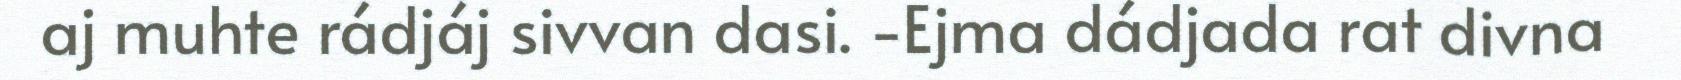
aj muhte rádjáj sivvan dasi. -Ejma dádjada rat divna